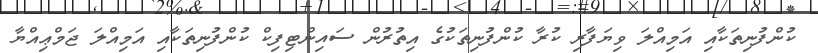
ކުންފުނިތަކާއި އަމިއްލަ ވިޔަފާރި ކުރާ ކުންފުނިތަކުގެ އިތުރުން ސައިންޓިފިކް ކުންފުނިތަކާއި އަމިއްލަ ޖަމްޢިއްޔާ